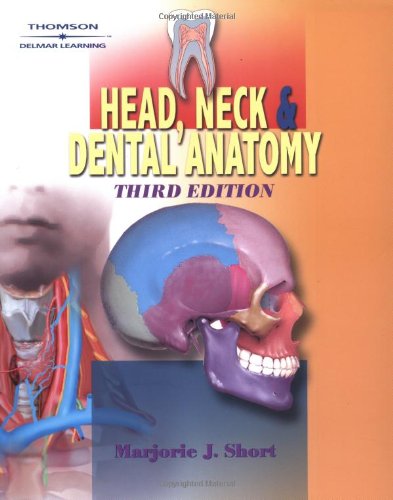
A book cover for Head, Neck and Dental Anatomy; Marjorie J. Short; Medical Books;